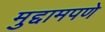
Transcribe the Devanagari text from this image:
मुद्दामपणे